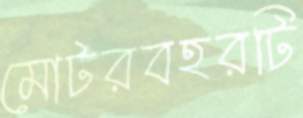
মোটরবহরটি